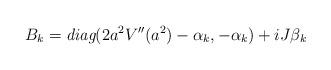
LaTeX: \begin{align*}B_{k}=\emph{diag}(2a^{2}V^{\prime\prime}(a^{2})-\alpha_{k},-\alpha_{k})+iJ\beta_{k}\end{align*}